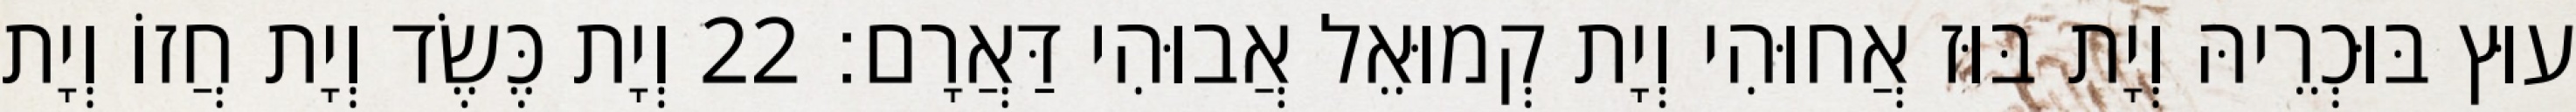
עוּץ בּוּכְרֵיהּ וְיָת בּוּז אֲחוּהִי וְיָת קְמוּאֵל אֲבוּהִי דַּאֲרָם׃ 22 וְיָת כֶּשֶׂד וְיָת חֲזוֹ וְיָת